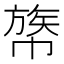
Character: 𢄧